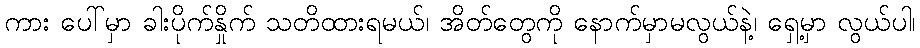
ကား ပေါ်မှာ ခါးပိုက်နှိုက် သတိထားရမယ်၊ အိတ်တွေကို နောက်မှာမလွယ်နဲ့၊ ရှေ့မှာ လွယ်ပါ၊